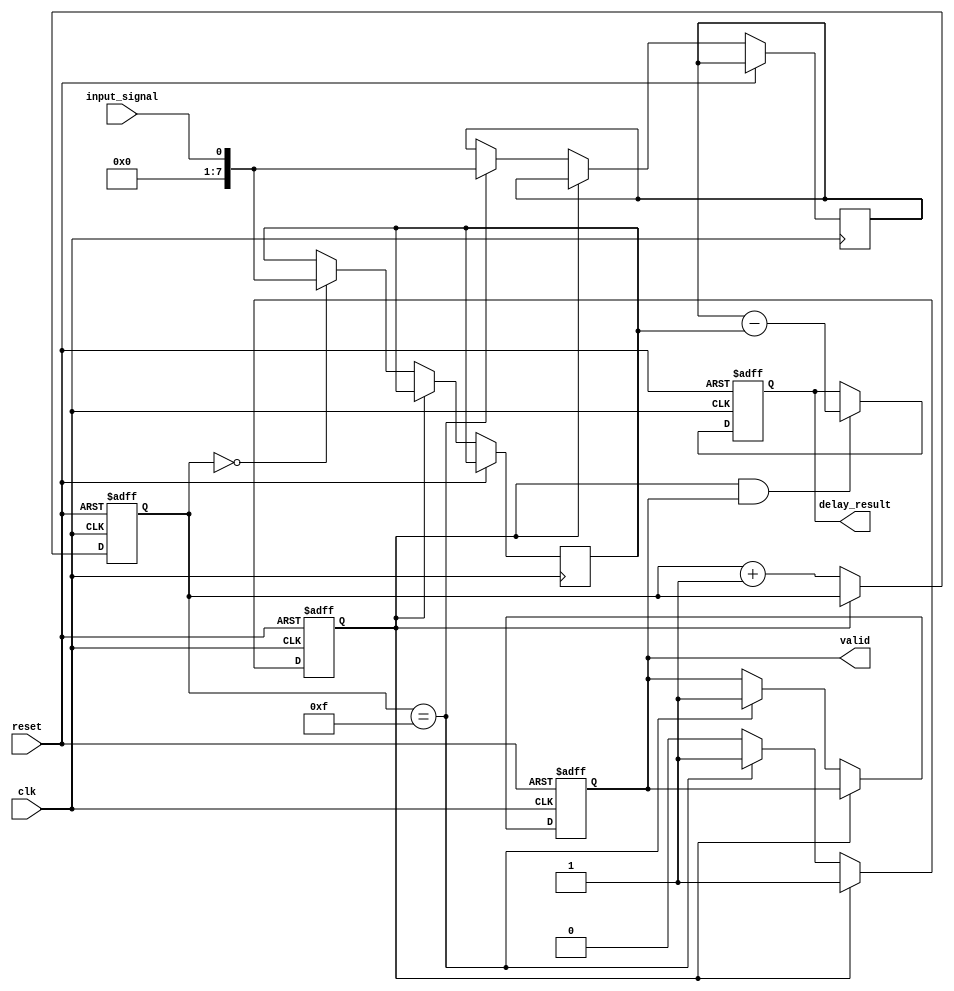
module DelayLineDetector #(
    parameter NUM_SAMPLES = 16,    // Number of memory blocks
    parameter DATA_WIDTH = 8        // Width of the input signal
)(
    input wire clk,                 // Sampling clock
    input wire reset,               // Asynchronous reset
    input wire input_signal,         // Input signal to be sampled
    output reg [DATA_WIDTH-1:0] delay_result, // Output delay result
    output reg valid                // Indicates when the result is valid
);

    // Memory array to store sampled values
    reg [DATA_WIDTH-1:0] memory [0:NUM_SAMPLES-1];
    reg [3:0] sample_index;          // Index for current sample
    reg sampling_done;               // Flag to indicate sampling completion

    // Control logic to sample input signal
    always @(posedge clk or posedge reset) begin
        if (reset) begin
            sample_index <= 0;
            valid <= 0;
            sampling_done <= 0;
        end else if (!sampling_done) begin
            // Sample input signal into memory blocks
            memory[sample_index] <= input_signal;
            sample_index <= sample_index + 1;

            // Check if sampling is complete
            if (sample_index == NUM_SAMPLES - 1) begin
                sampling_done <= 1;
                valid <= 1; // Signal that the result is valid
            end
        end
    end

    // Delay measurement logic
    always @(posedge clk or posedge reset) begin
        if (reset) begin
            delay_result <= 0;
        end else if (sampling_done && valid) begin
            // Simple example: calculate delay as the difference between first and last samples
            // This can be modified based on actual delay measurement logic
            delay_result <= memory[NUM_SAMPLES-1] - memory[0];
        end
    end

endmodule